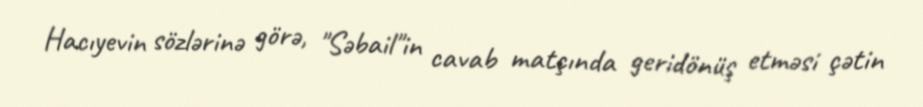
Hacıyevin sözlərinə görə, "Səbail"in cavab matçında geridönüş etməsi çətin